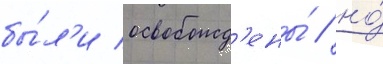
бы́л'и освобожд'ены́ / но́